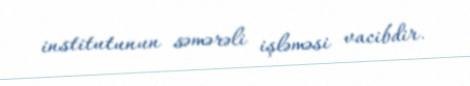
institutunun səmərəli işləməsi vacibdir.